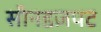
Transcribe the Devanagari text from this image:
सीनडज़पट